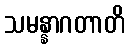
သမန္နာဂတာတိ